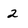
Character: 2